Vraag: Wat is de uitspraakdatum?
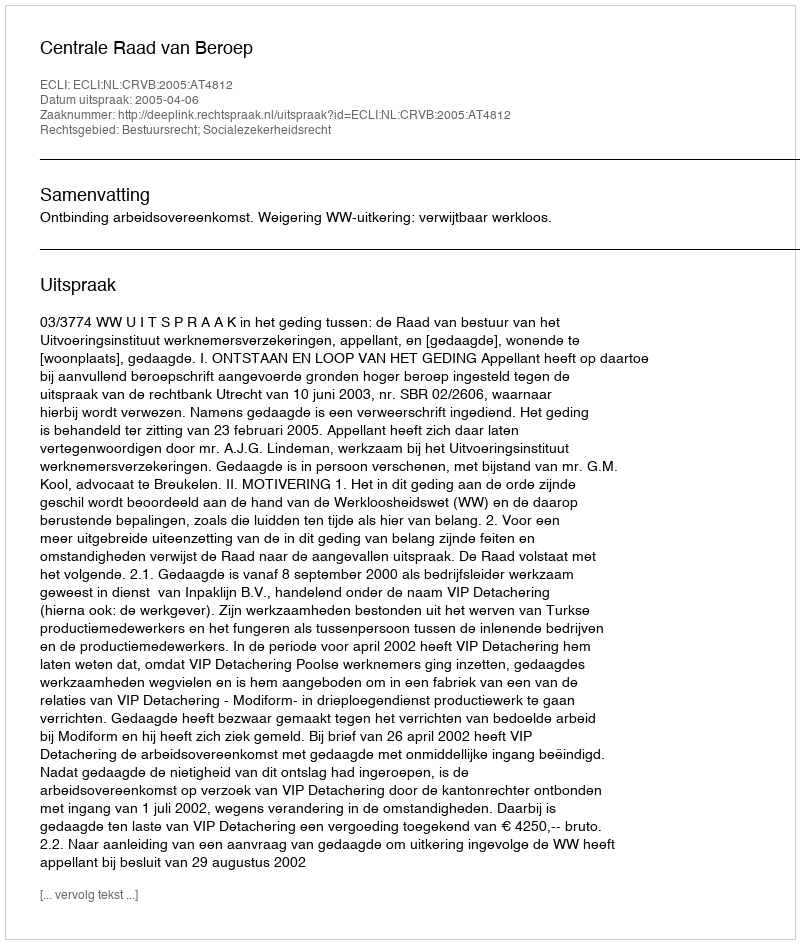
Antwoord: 2005-04-06